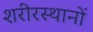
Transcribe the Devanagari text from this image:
शरीरस्थानों